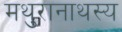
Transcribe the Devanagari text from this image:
मथुरानाथस्य